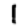
Digit: 1